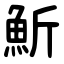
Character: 䰺